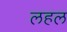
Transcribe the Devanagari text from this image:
लहल